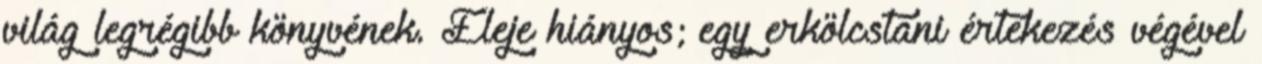
világ legrégibb könyvének. Eleje hiányos; egy erkölcstani értekezés végével